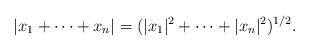
LaTeX: \begin{align*}|x_1 +\dots + x_n| = (|x_1|^2 + \dots + |x_n|^2)^{1/2}.\end{align*}